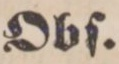
Obſ.